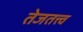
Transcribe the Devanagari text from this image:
तेजतत्त्व